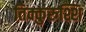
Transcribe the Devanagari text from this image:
तिक्कुरुश्शि